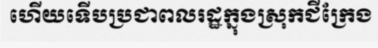
ហើយទើបប្រជាពលរដ្ឋក្នុងស្រុកជីក្រែង